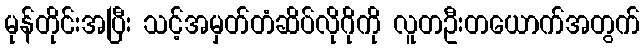
မုန်တိုင်းအပြီး သင့်အမှတ်တံဆိပ်လိုဂိုကို လူတဦးတယောက်အတွက်